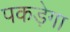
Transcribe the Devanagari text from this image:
पकड़ेगा